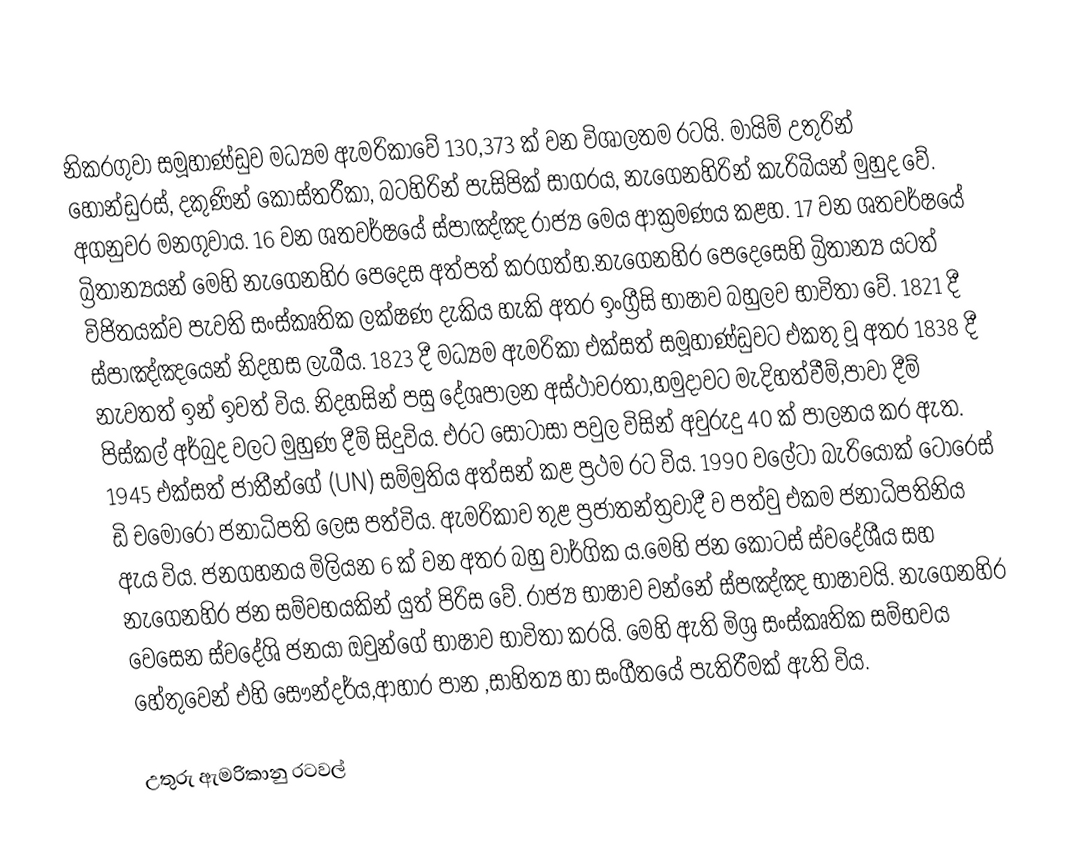
නිකරගුවා සමූහාණ්ඩුව මධ්‍යම  ඇමරිකාවේ 130,373   ක් වන විශාලතම රටයි. මායිම් උතුරින් හොන්ඩුරස්, දකුණින් කොස්තරීකා, බටහිරින් පැසිපික් සාගරය, නැගෙනහිරින් කැරිබියන්  මුහුද වේ. අගනුවර මනගුවාය. 16 වන ශතවර්ෂයේ ස්පාඤ්ඤ රාජ්‍ය මෙය ආක්‍රමණය කළහ. 17 වන ශතවර්ෂයේ බ්‍රිතාන්‍යයන් මෙහි නැගෙනහිර පෙදෙස අත්පත් කරගත්හ.නැගෙනහිර පෙදෙසෙහි බ්‍රිතාන්‍ය යටත් විජිතයක්ව පැවති සංස්කෘතික ලක්ෂණ දැකිය හැකි අතර ඉංග්‍රීසි භාෂාව බහුලව භාවිතා වේ. 1821 දී ස්පාඤ්ඤයෙන් නිදහස ලැබීය. 1823 දී මධ්‍යම ඇමරිකා එක්සත් සමූහාණ්ඩුවට එකතු වූ අතර 1838 දී නැවතත් ඉන් ඉවත් විය. නිදහසින් පසු දේශපාලන අස්ථාවරතා,හමුදාවට මැදිහත්වීම්,පාවා දීම් පිස්කල් අර්බුද වලට මුහුණ දීම් සිදුවිය. එරට සොටාසා පවුල විසින් අවුරුදු 40 ක් පාලනය කර ඇත. 1945 එක්සත් ජාතීන්ගේ (UN) සම්මුතිය අත්සන් කළ ප්‍රථම  රට විය. 1990 වලේටා බැරියෝක් ටොරෙස් ඩි චමෝරෝ ජනාධිපති ලෙස පත්විය. ඇමරිකාව තුළ ප්‍රජාතන්ත්‍රවාදී ව පත්වු එකම ජනාධිපතිනිය ඇය විය. ජනගහනය මිලියන  6 ක් වන අතර බහු වාර්ගික ය.‍මෙහි ජන කොටස් ස්වදේශීය සහ නැගෙනහිර ජන සම්වභයකින් යුත් පිරිස  වේ. රාජ්‍ය භාෂාව වන්නේ ස්පඤ්ඤ භාෂාවයි. නැගෙනහිර වෙසෙන ස්වදේශි ජනයා  ඔවුන්ගේ  භාෂාව භාවිතා කරයි. මෙහි ඇති මිශ්‍ර සංස්කෘතික සම්භවය හේතුවෙන් එහි සෞන්දර්ය,ආහාර පාන ,සාහිත්‍ය හා සංගීතයේ පැතිරීමක් ඇති විය.

උතුරු ඇමරිකානු රටවල්